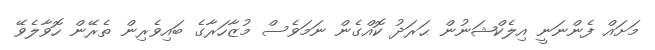
މަށައް ފެންނަނީ އިލެކްޝަނުން ޙަރަދު ކޮއްގެން ނަމަވެސް މުޒާހަރާގެ ބައިވެރިން ތެރޭން ހޮވާލެވޭ